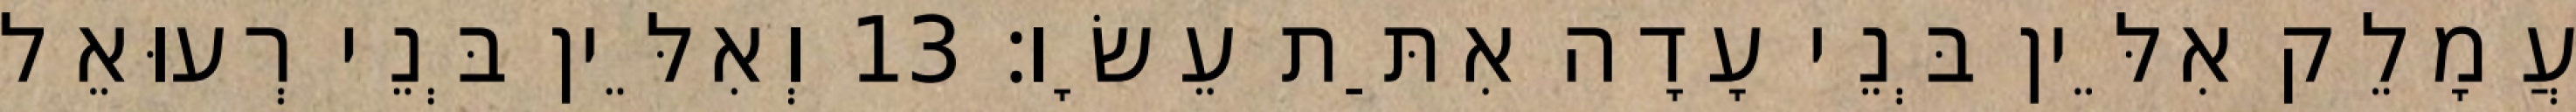
עֲמָלֵק אִלֵּין בְּנֵי עָדָה אִתַּת עֵשָׂו׃ 13 וְאִלֵּין בְּנֵי רְעוּאֵל